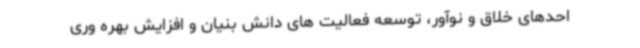
احدهای خلاق و نوآور، توسعه فعالیت های دانش بنیان و افزایش بهره وری